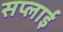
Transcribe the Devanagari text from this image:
सप्‍लाई